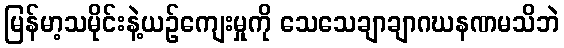
မြန်မာ့သမိုင်းနဲ့ယဉ်ကျေးမှုကို သေသေချာချာဂဃနဏမသိဘဲ